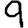
Digit: 9